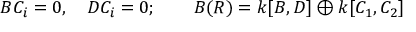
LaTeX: B C _ { i } = 0 , \quad D C _ { i } = 0 ; \qquad B ( R ) = k [ B , D ] \oplus k [ C _ { 1 } , C _ { 2 } ]